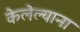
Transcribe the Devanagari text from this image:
केलेल्याना